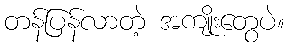
တန်ပြန်လာတဲ့ အကျိုးတွေပဲ။